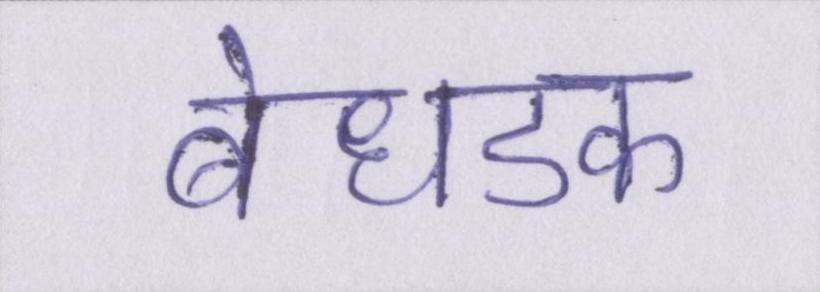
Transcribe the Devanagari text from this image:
बेधडक